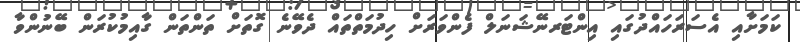
ކަމަށާއި އެސަރަހައްދުގައި އިންޓަރނޭޝަނަލް ފެންވަރަށް ހިދުމަތްތައް ދެވޭނެ ގޮތަށް ތަންތަން ގާއިމުކުރަން ބޭނުންވާ